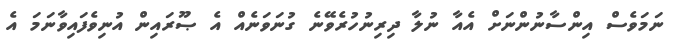
ނަމަވެސް އިންސާނުންނަށް އެއާ ނުލާ ދިރިނުހުރެވޭނެ ގުނަވަނެއް އެ ޞޫރައިން އުނިވެފައިވާނަމަ އެ